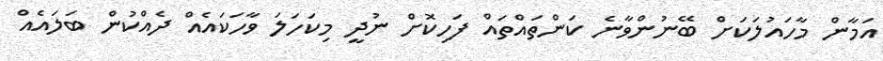
އަމާން މާހައުލަކަށް ބޭނުންވާނެ ކަންތައްތައް ފަހިކޮށް ނުދީ މިކަހަލަ ވާހަކައެއް ދެއްކުން ބަލައެއް